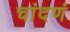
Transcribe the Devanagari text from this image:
चांदणं